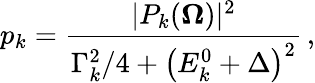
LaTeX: p_{k}=\frac{|P_{k}(\boldsymbol{\Omega})|^{2}}{\Gamma_{k}^{2}/4+\left(E_{k}^{0}+\Delta\right)^{2}}\, ,